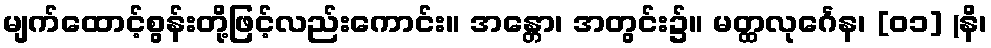
မျက်ထောင့်စွန်းတို့ဖြင့်လည်းကောင်း။ အန္တော၊ အတွင်း၌။ မတ္ထလုင်္ဂေန၊ [၀၁] (နိ၊